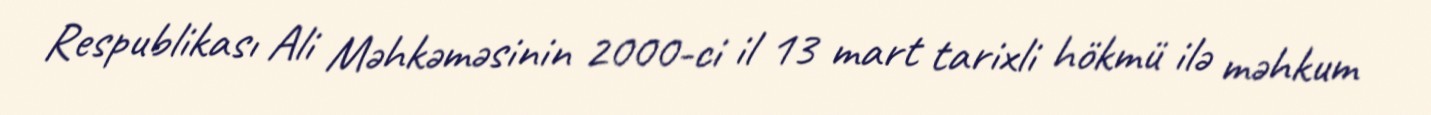
Respublikası Ali Məhkəməsinin 2000-ci il 13 mart tarixli hökmü ilə məhkum